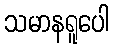
သမာနရူပေါ